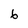
Character: 6